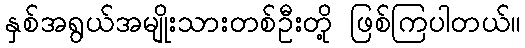
နှစ်အရွယ်အမျိုးသားတစ်ဦးတို့ ဖြစ်ကြပါတယ်။